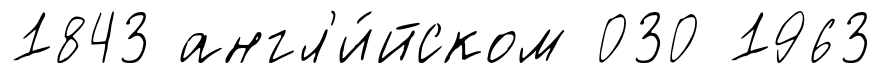
1843 англ'и́йском 030 1963